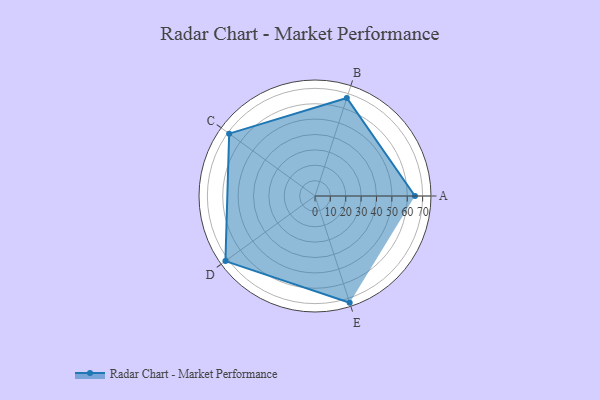
{"axis": {"x": "Skill", "y": "Score"}, "legend": ["Profile"], "data": [{"x": "A", "y": 65.0, "type": "Profile"}, {"x": "B", "y": 67.0, "type": "Profile"}, {"x": "C", "y": 69.0, "type": "Profile"}, {"x": "D", "y": 72.0, "type": "Profile"}, {"x": "E", "y": 73.0, "type": "Profile"}]}